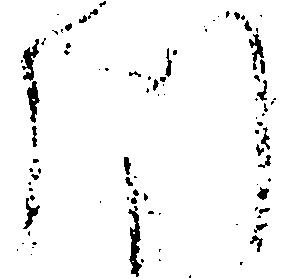
川